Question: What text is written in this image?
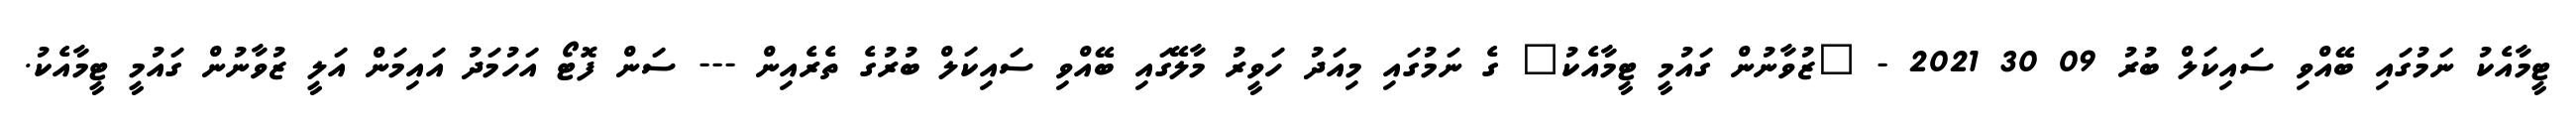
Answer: ޓީމާއެކު ނަމުގައި ބޭއްވި ސައިކަލް ބުރު 09 30 2021 - "ޒުވާނުން ގައުމީ ޓީމާއެކު" ގެ ނަމުގައި މިއަދު ހަވީރު މާލޭގައި ބޭއްވި ސައިކަލް ބުރުގެ ތެރެއިން --- ސަން ފޮޓޯ އަހުމަދު އައިމަން އަލީ ޒުވާނުން ގައުމީ ޓީމާއެކު.